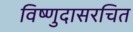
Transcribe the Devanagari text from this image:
विष्णुदासरचित